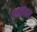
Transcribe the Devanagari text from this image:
दातांवर